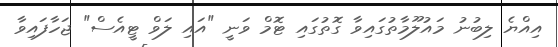
އިއްޔެ ލިބުނު މައުލޫމާތުގައިވާ ގޮތުގައި ޓޮމް ވަނީ "އައި ލަވް ޓީއެސް" ޖަހާފައިވާ